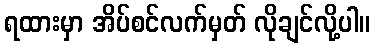
ရထားမှာ အိပ်စင်လက်မှတ် လိုချင်လို့ပါ။